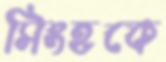
সিংহকে